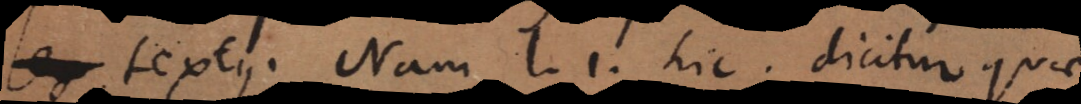
textus. Nam l. 1. hic dicitur quae